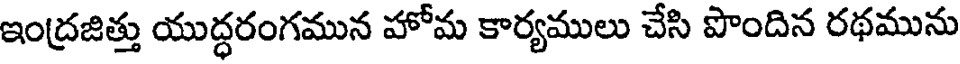
ఇంద్రజిత్తు యుద్ధరంగమున హోమ కార్యములు చేసి పొందిన రథమును